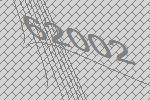
62002